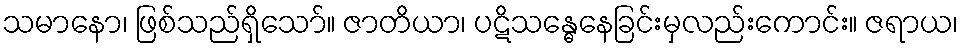
သမာနော၊ ဖြစ်သည်ရှိသော်။ ဇာတိယာ၊ ပဋိသန္ဓေနေခြင်းမှလည်းကောင်း။ ဇရာယ၊